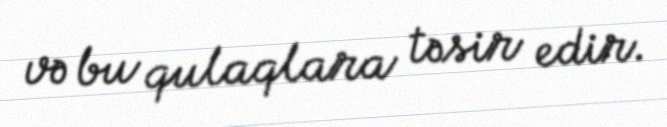
və bu qulaqlara təsir edir.